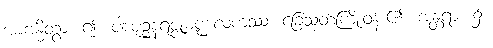
အာဗန္ဓိတွာ၊ ၍။ ပါဒပုဉ္ဆနရဇ္ဇုမဏ္ဍလကဿ၊ ခြေသုတ်ကြိုးဝန်း၏။ အန္တရာ၊ ၌။